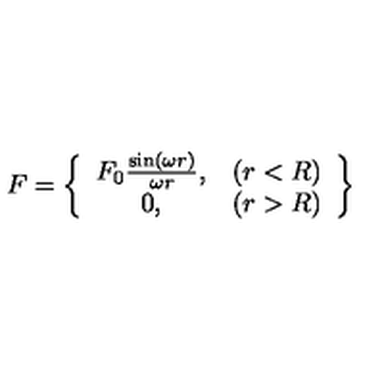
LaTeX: F = \left\{ \begin{array} { c c } { F _ { 0 } \frac { \sin ( \omega r ) } { \omega r } , } & { ( r < R ) } \\ { 0 , } & { ( r > R ) } \\ \end{array} \right\}